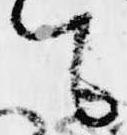
て